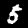
Label: 5